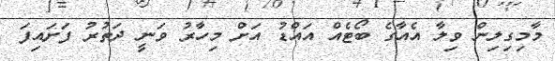
މާމިގިލިން ވިލާ އެއާގެ ބޯޓެއް އައްޑު އަށް މިހާރު ވަނީ ދަތުރު ފަށައިފަ